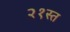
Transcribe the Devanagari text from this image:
२१स्त